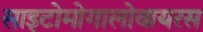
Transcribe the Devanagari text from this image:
साइटोमोगालोवायरस